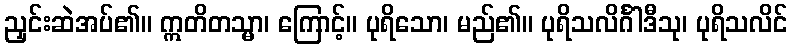
ညှင်းဆဲအပ်၏။ ဣတိတသ္မာ၊ ကြောင့်။ ပုရိသော၊ မည်၏။ ပုရိသလိင်္ဂါဒီသု၊ ပုရိသလိင်